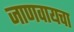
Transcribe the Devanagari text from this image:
जाणवायचा